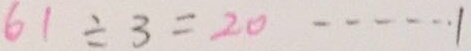
6 1 \div 3 = 2 0 \cdots 1